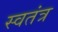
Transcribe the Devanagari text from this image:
स्वतंत्र